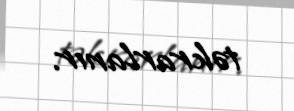
təkrarlanır.